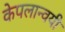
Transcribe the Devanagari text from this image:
केपलान्वयी